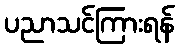
ပညာသင်ကြားရန်